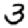
Digit: 3